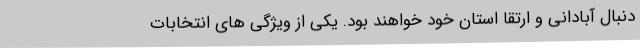
دنبال آبادانی و ارتقا استان خود خواهند بود. یکی از ویژگی های انتخابات